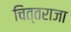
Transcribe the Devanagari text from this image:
चित्तराजा